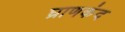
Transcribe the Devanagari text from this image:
घ्राणकंद